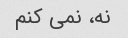
نه، نمی کنم